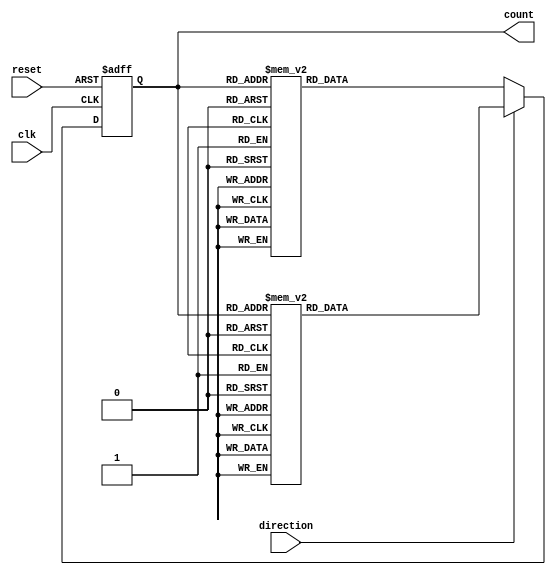
module gray_counter(
  input wire clk, // clock input
  input wire reset, // reset input
  input wire direction, // direction input for counting (0 for increment, 1 for decrement)
  output reg [3:0] count // 4-bit Gray code counter output
);

reg [3:0] next_count;

always @ (posedge clk or posedge reset) begin
  if (reset) begin
    count <= 4'b0000; // reset count value
  end else begin
    if (direction == 0) begin
      case(count)
        4'b0000: next_count = 4'b0001;
        4'b0001: next_count = 4'b0011;
        4'b0011: next_count = 4'b0010;
        4'b0010: next_count = 4'b0110;
        4'b0110: next_count = 4'b0111;
        4'b0111: next_count = 4'b0101;
        4'b0101: next_count = 4'b0100;
        4'b0100: next_count = 4'b1100;
        4'b1100: next_count = 4'b1101;
        4'b1101: next_count = 4'b1111;
        4'b1111: next_count = 4'b1110;
        4'b1110: next_count = 4'b1010;
        4'b1010: next_count = 4'b1011;
        4'b1011: next_count = 4'b1001;
        4'b1001: next_count = 4'b1000;
        default: next_count = 4'b0000;
      endcase
    end else begin
      case(count)
        4'b0000: next_count = 4'b1000;
        4'b1000: next_count = 4'b1010;
        4'b1010: next_count = 4'b1011;
        4'b1011: next_count = 4'b1001;
        4'b1001: next_count = 4'b1101;
        4'b1101: next_count = 4'b1100;
        4'b1100: next_count = 4'b0100;
        4'b0100: next_count = 4'b0101;
        4'b0101: next_count = 4'b0111;
        4'b0111: next_count = 4'b0110;
        4'b0110: next_count = 4'b0010;
        4'b0010: next_count = 4'b0011;
        4'b0011: next_count = 4'b0001;
        4'b0001: next_count = 4'b0000;
        default: next_count = 4'b0000;
      endcase
    end
    count <= next_count;
  end
end

endmodule